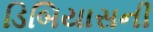
ડિબિયાસની